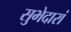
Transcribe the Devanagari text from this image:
सुभेदारां